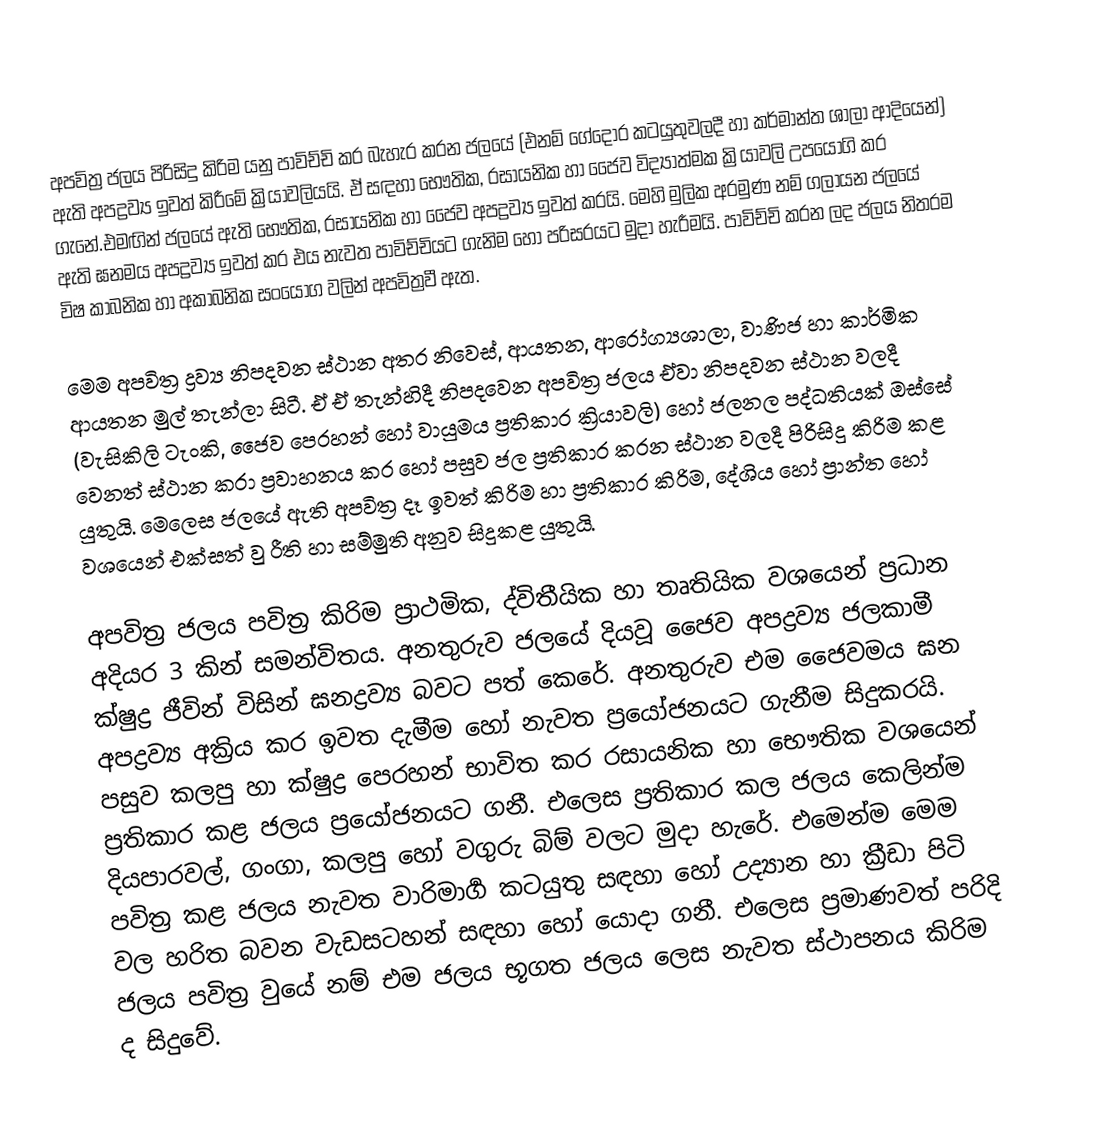
අපවිත්‍ර ජලය පිරිසිදු කිරිම යනු පාවිච්චි කර බැහැර කරන ජලයේ (එනම් ගේදොර කටයුතුවලදී හා කර්මාන්ත ශාලා ආදියෙන්) ඇති අපද්‍රව්‍ය ඉවත් කිරීමේ ක්‍රියාවලියයි. ඒ සඳහා භෞතික, රසායනික හා ජෛව විද්‍යාත්මක ක්‍රියාවලි උපයෝගි කර ගැනේ.එමඟින් ජලයේ ඇති භෞතික, රසායනික හා ජෛව අපද්‍රව්‍ය ඉවත් කරයි. මෙහි මුලික අරමුණ නම් ගලායන ජලයේ ඇති ඝනමය අපද්‍රව්‍ය ඉවත් කර එය නැවත පාවිච්චියට ගැනිම හෝ පරිසරයට මුදා හැරීමයි. පාවිච්චි කරන ලද ජලය නිතරම විෂ කාබනික හා අකාබනික සංයෝග වලින් අපවිත්‍රවී ඇත.

මෙම අපවිත්‍ර ද්‍රව්‍ය නිපදවන ස්ථාන අතර නිවෙස්, ආයතන, ආරෝග්‍යශාලා, වාණිජ හා කාර්මික ආයතන මුල් තැන්ලා සිටී. ඒ ඒ තැන්හිදී නිපදවෙන අපවිත්‍ර ජලය ඒවා නිපදවන ස්ථාන වලදී (වැසිකිලි  ටැංකි, ජෛව පෙරහන් හෝ වායුමය ප්‍රතිකාර ක්‍රියාවලි) හෝ ජලනල  පද්ධතියක්  ඔස්සේ වෙනත් ස්ථාන කරා ප්‍රවාහනය කර හෝ පසුව ජල ප්‍රතිකාර කරන ස්ථාන වලදී පිරිසිදු කිරිම කළ යුතුයි. මෙලෙස ජලයේ ඇති අපවිත්‍ර දෑ ඉවත් කිරිම හා ප්‍රතිකාර කිරිම, දේශිය හෝ ප්‍රාන්ත හෝ වශයෙන් එක්සත් වු රීති හා සම්මුති අනුව සිදුකළ යුතුයි.

අපවිත්‍ර ජලය පවිත්‍ර කිරිම ප්‍රාථමික, ද්විතීයික හා තෘතියික වශයෙන් ප්‍රධාන අදියර 3 කින් සමන්විතය. අනතුරුව ජලයේ දියවූ ජෛව අපද්‍රව්‍ය ජලකාමී ක්ෂුද්‍ර ජීවින් විසින් ඝනද්‍රව්‍ය බවට  පත් කෙරේ. අනතුරුව එම ජෛවමය ඝන අපද්‍රව්‍ය අක්‍රිය කර ඉවත දැමීම හෝ නැවත ප්‍රයෝජනයට ගැනීම සිදුකරයි. පසුව කලපු හා ක්ෂුද්‍ර පෙරහන් භාවිත කර රසායනික හා භෞතික වශයෙන් ප්‍රතිකාර කළ ජලය ප්‍රයෝජනයට ගනී. එලෙස ප්‍රතිකාර කල ජලය කෙලින්ම දියපාරවල්, ගංගා, කලපු හෝ වගුරු බිම් වලට මුදා හැරේ. එමෙන්ම මෙම පවිත්‍ර කළ ජලය  නැවත වාරිමාර්‍ග කටයුතු සඳහා හෝ උද්‍යාන හා ක්‍රීඩා පිටි වල හරිත බවන වැඩසටහන් සඳහා හෝ යොදා ගනී. එලෙස ප්‍රමාණවත් පරිදි ජලය පවිත්‍ර වුයේ නම් එම ජලය භූගත ජලය ලෙස නැවත ස්ථාපනය කිරිම ද සිදුවේ.